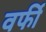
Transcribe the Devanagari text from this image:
वर्फी